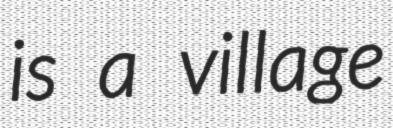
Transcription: is a village